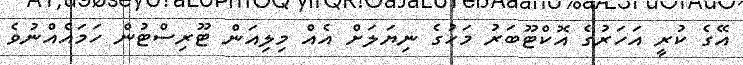
އޭގެ ކުރީ އަހަރުގެ އޮކްޓޫބަރު މަހުގެ ނިޔަލަށް އެއް މިލިއަން ޓޫރިސްޓުން ހަމައެއްނުވެ